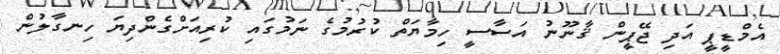
އެމްޑީޕީ އަދި ޖޭޕީން ޤާނޫނު އަސާސީ ހިމާޔަތް ކުރުމުގެ ނަމުގައި ކުރިއަށްގެންދިޔަ ހިނގާލުން